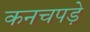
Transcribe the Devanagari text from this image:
कनचपड़े